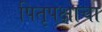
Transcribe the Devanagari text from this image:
पितृपक्षाचा